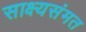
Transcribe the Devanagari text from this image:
साक्ष्यसंमत